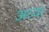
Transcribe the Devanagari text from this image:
अव्या